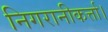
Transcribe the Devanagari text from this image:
निगरानीकर्त्ता।